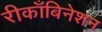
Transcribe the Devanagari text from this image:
रीकाँबिनेशन